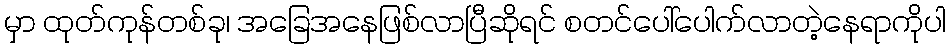
မှာ ထုတ်ကုန်တစ်ခု၊ အခြေအနေဖြစ်လာပြီဆိုရင် စတင်ပေါ်ပေါက်လာတဲ့နေရာကိုပါ